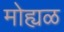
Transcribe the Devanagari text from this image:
मोह्यळ